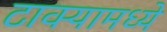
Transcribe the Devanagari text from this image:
टाक्यामध्ये